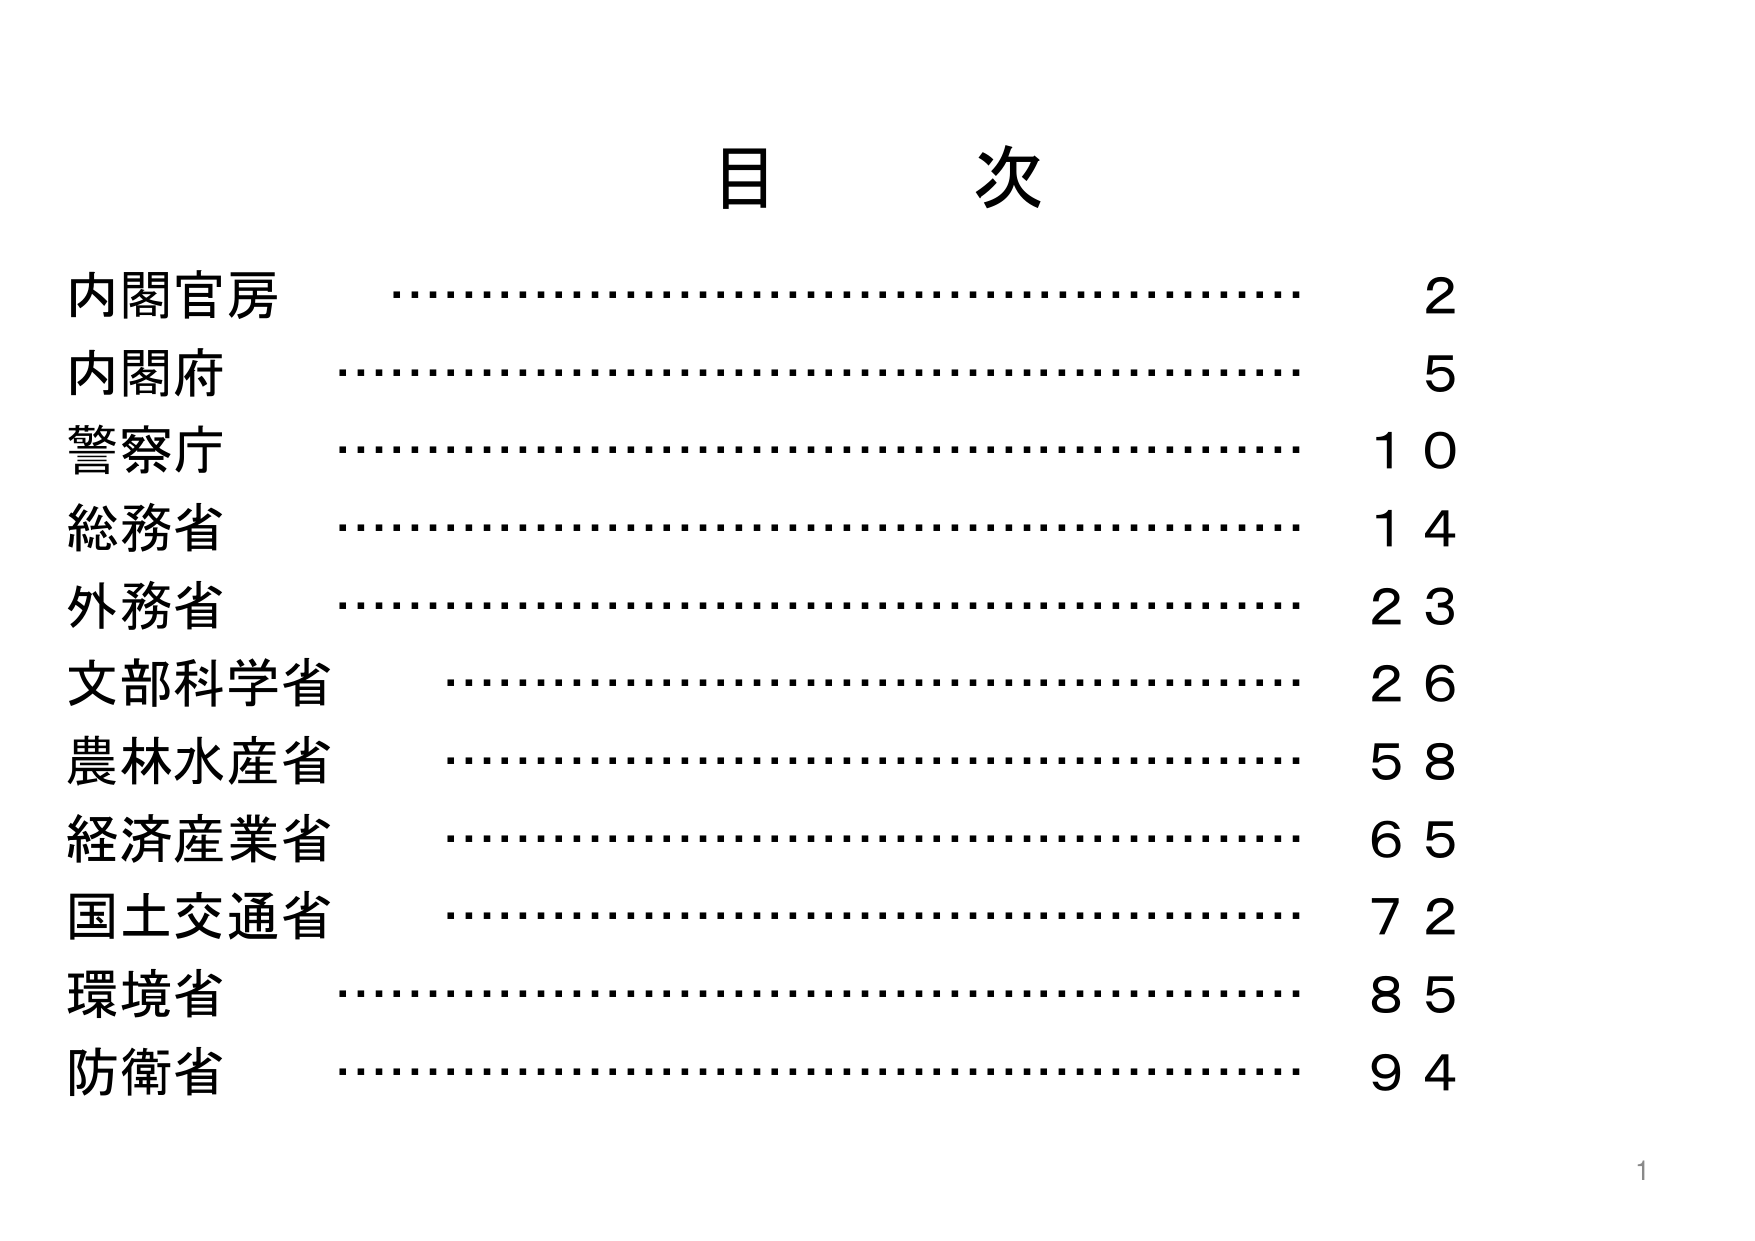
目 次
内閣官房 ………………………………………… 2
内閣府 …………………………………………… 5
警察庁 …………………………………………… 10
総務省 …………………………………………… 14
外務省 …………………………………………… 23
文部科学省 ……………………………………… 26
農林水産省 ……………………………………… 58
経済産業省 ……………………………………… 65
国土交通省 ……………………………………… 72
環境省 …………………………………………… 85
防衛省 …………………………………………… 94
1